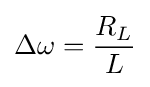
\Delta \omega ={\frac {R_{L}}{L}}